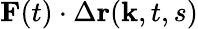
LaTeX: \textbf{F}(t)\cdot\Delta\textbf{r}(\textbf{k},t,s)